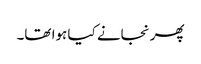
پھر نجانے کیا ہوا تھا۔